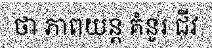
ថា ភាពយន្ត គំនូរ ជីវ